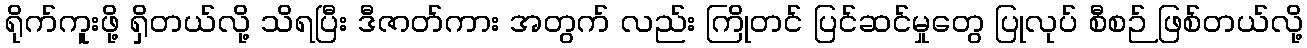
ရိုက်ကူးဖို့ ရှိတယ်လို့ သိရပြီး ဒီဇာတ်ကား အတွက် လည်း ကြိုတင် ပြင်ဆင်မှုတွေ ပြုလုပ် စီစဉ် ဖြစ်တယ်လို့